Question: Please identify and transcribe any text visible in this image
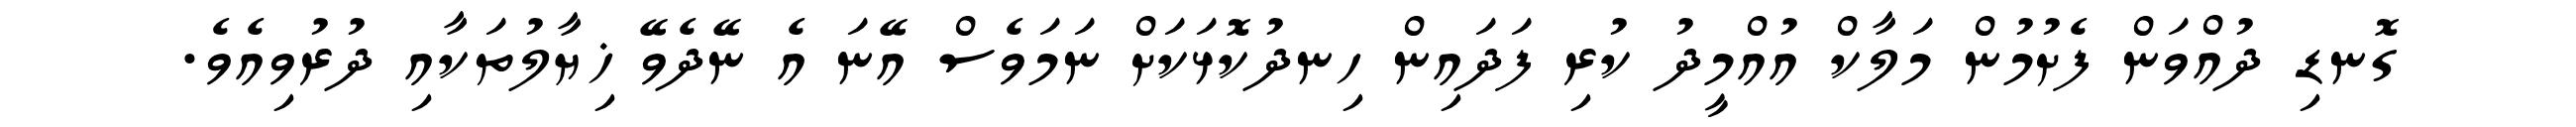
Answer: ގޮނޑި ދުއްވަން ފެށުމުން މަލާކް އުއްމީދު ކުރި ފަދައިން ހިނދުކޮޅަކަށް ނަމަވެސް އޭނަ އެ ނޭދެވޭ ޚިޔާލުތަކާއި ދުރުވިއެވެ.